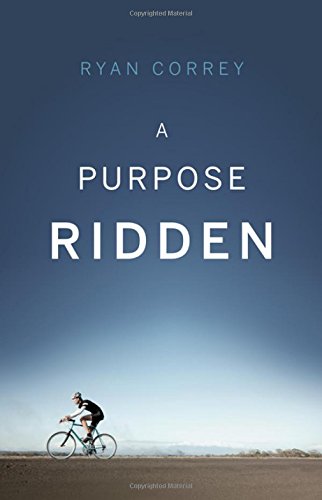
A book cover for A Purpose Ridden; Ryan Correy; Sports & Outdoors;